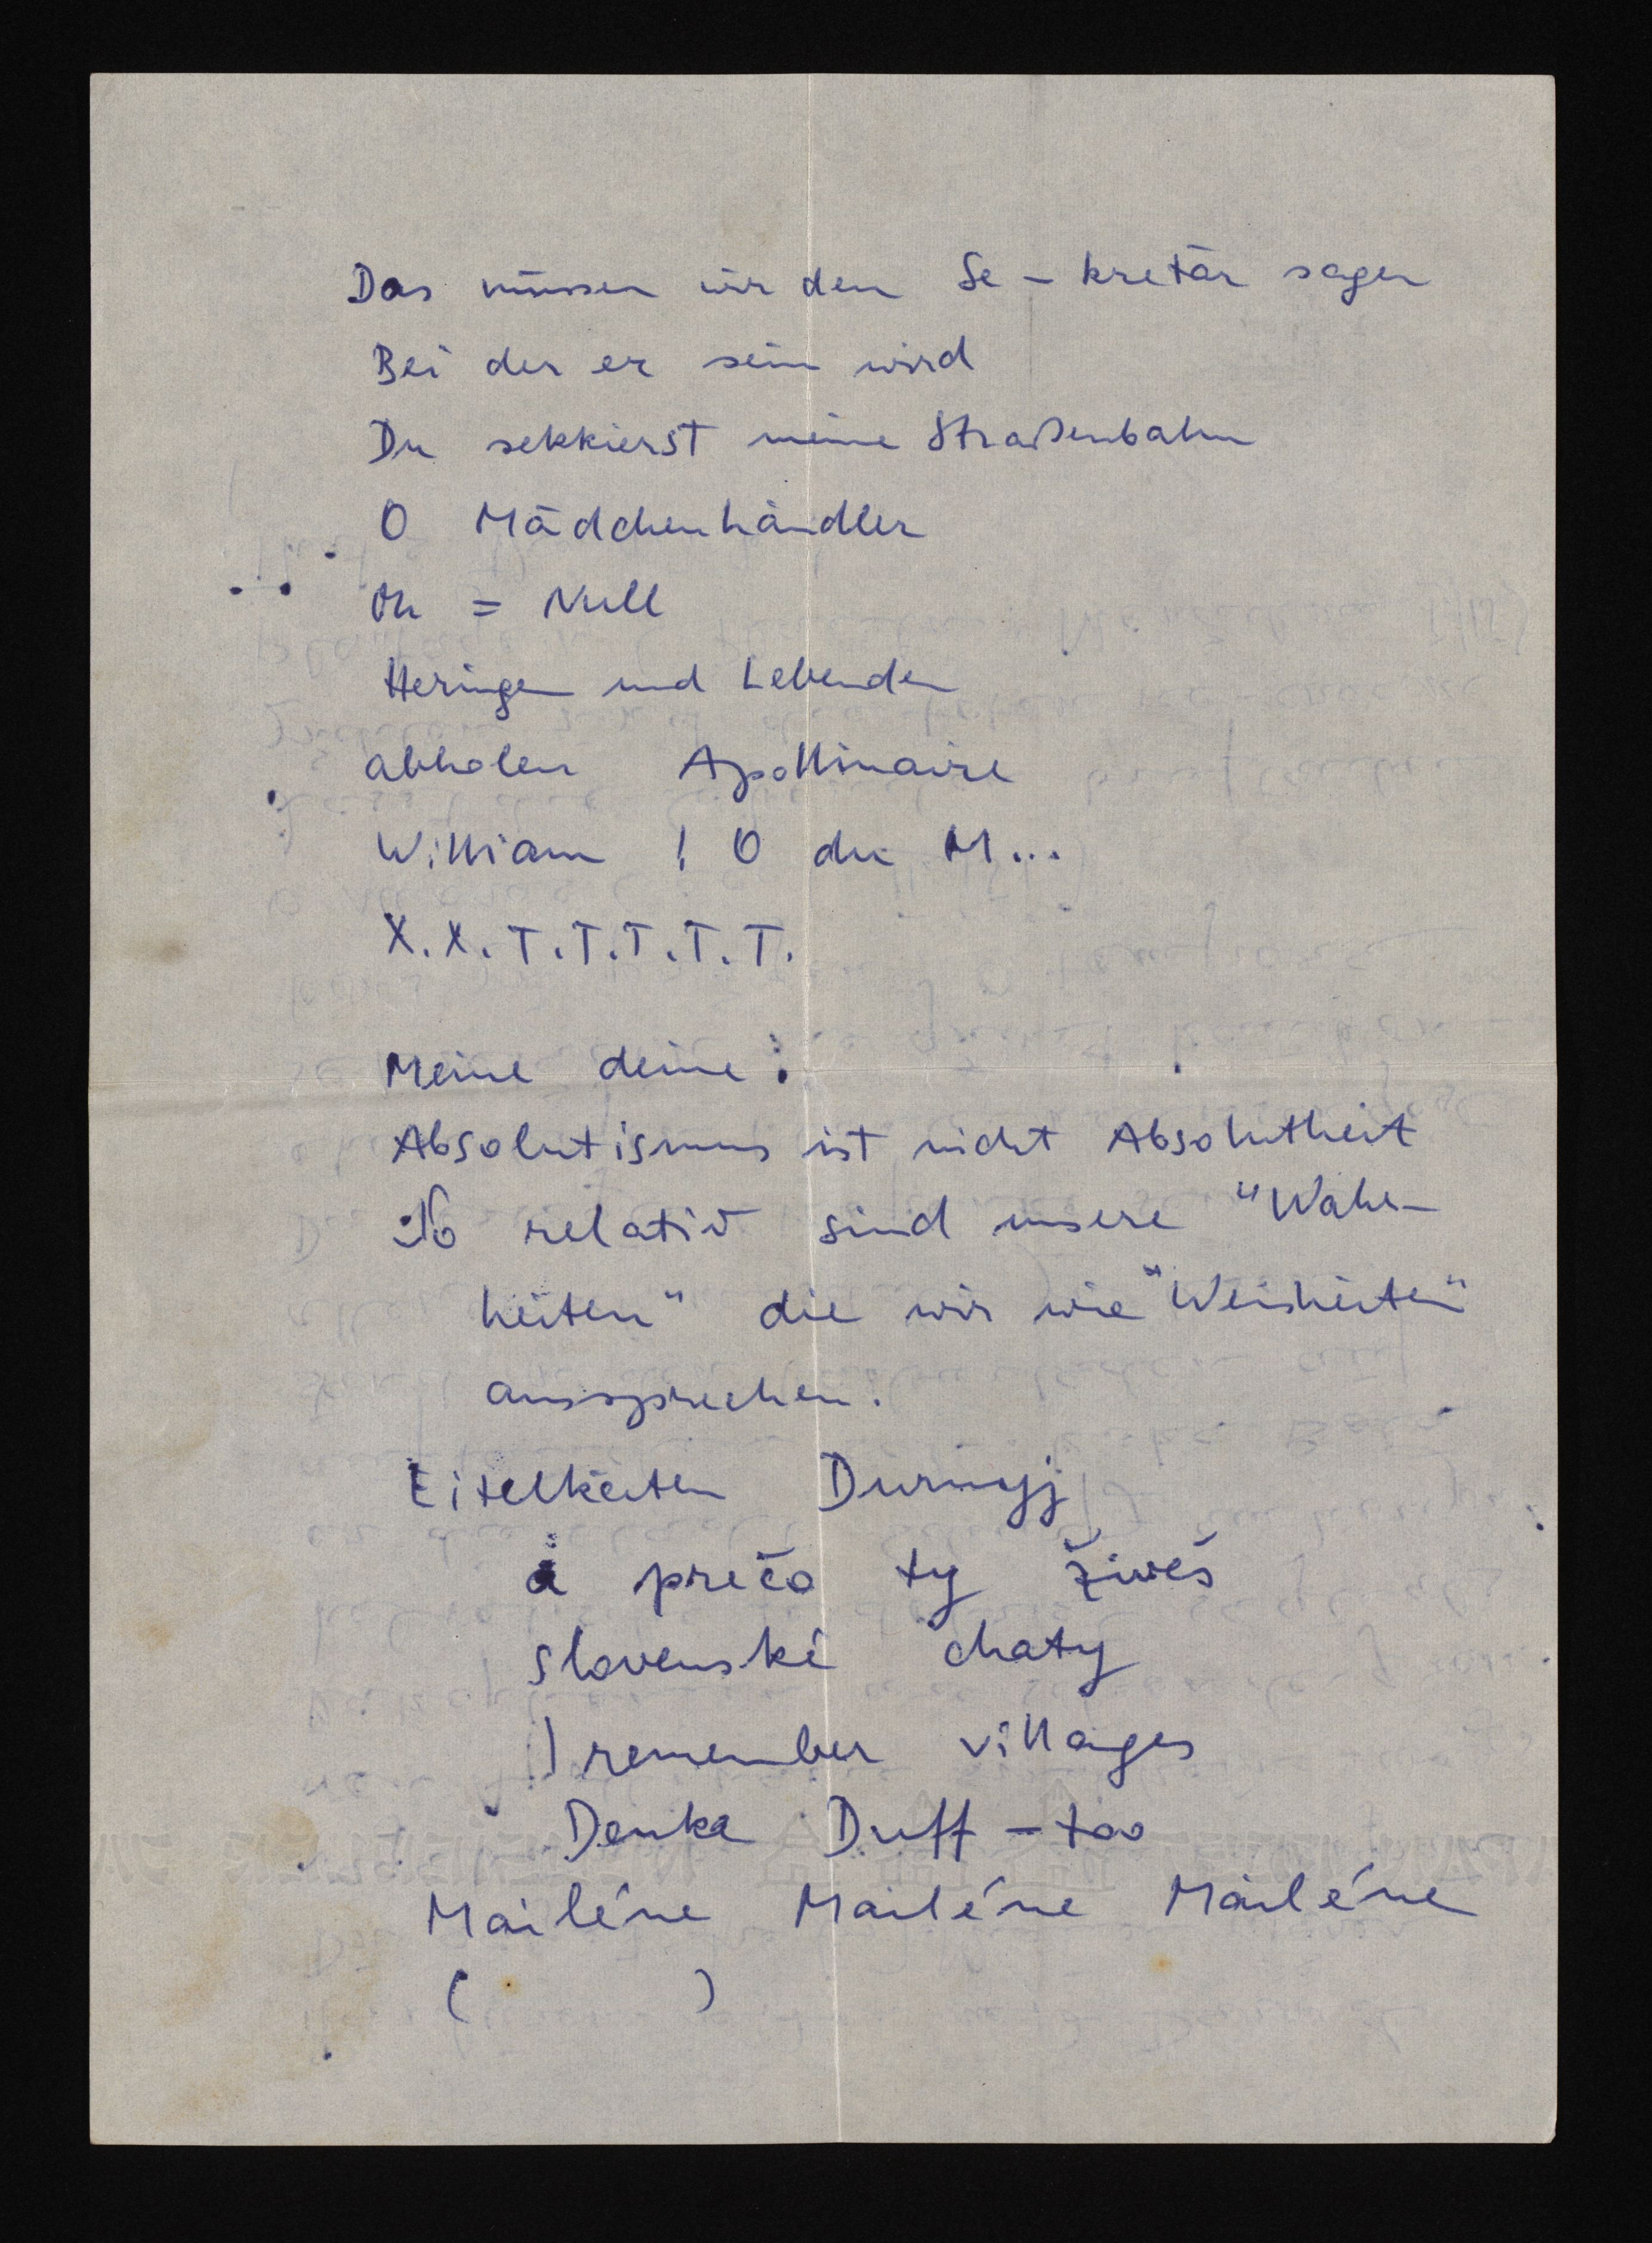
Das müssen wir den Se-kretär sagen
Bei der er sein wird
Du sekkierst meine Straßenbahn
O Mädchenhändler
Oh = Null
Heringen und Lebenden
abholen Apollinaire
William! O du M...
X.X.T.T.T.T.T.
Meine deine.
Absolutismus ist nicht Absolutheit
So relativ sind unsere "Wahr¬
heiten" die wir wie "Weisheiten"
aussprechen.
Eitelkeiten Durnyj
a prečo ty žweš
slovenské chaty
I remember villages
Denk Duff - too
Mailéne Mailéne Mailéne
()